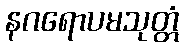
နဂရောပမသုတ္တံ